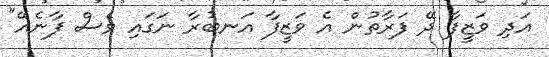
އަދި ވަޒީފާ ދޭ ފަރާތުން އެ ވަޒީފާ އަނބުރާ ނަގައި ވެސް ފާނެއޭ"